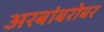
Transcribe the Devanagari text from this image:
अरबांबरोबर